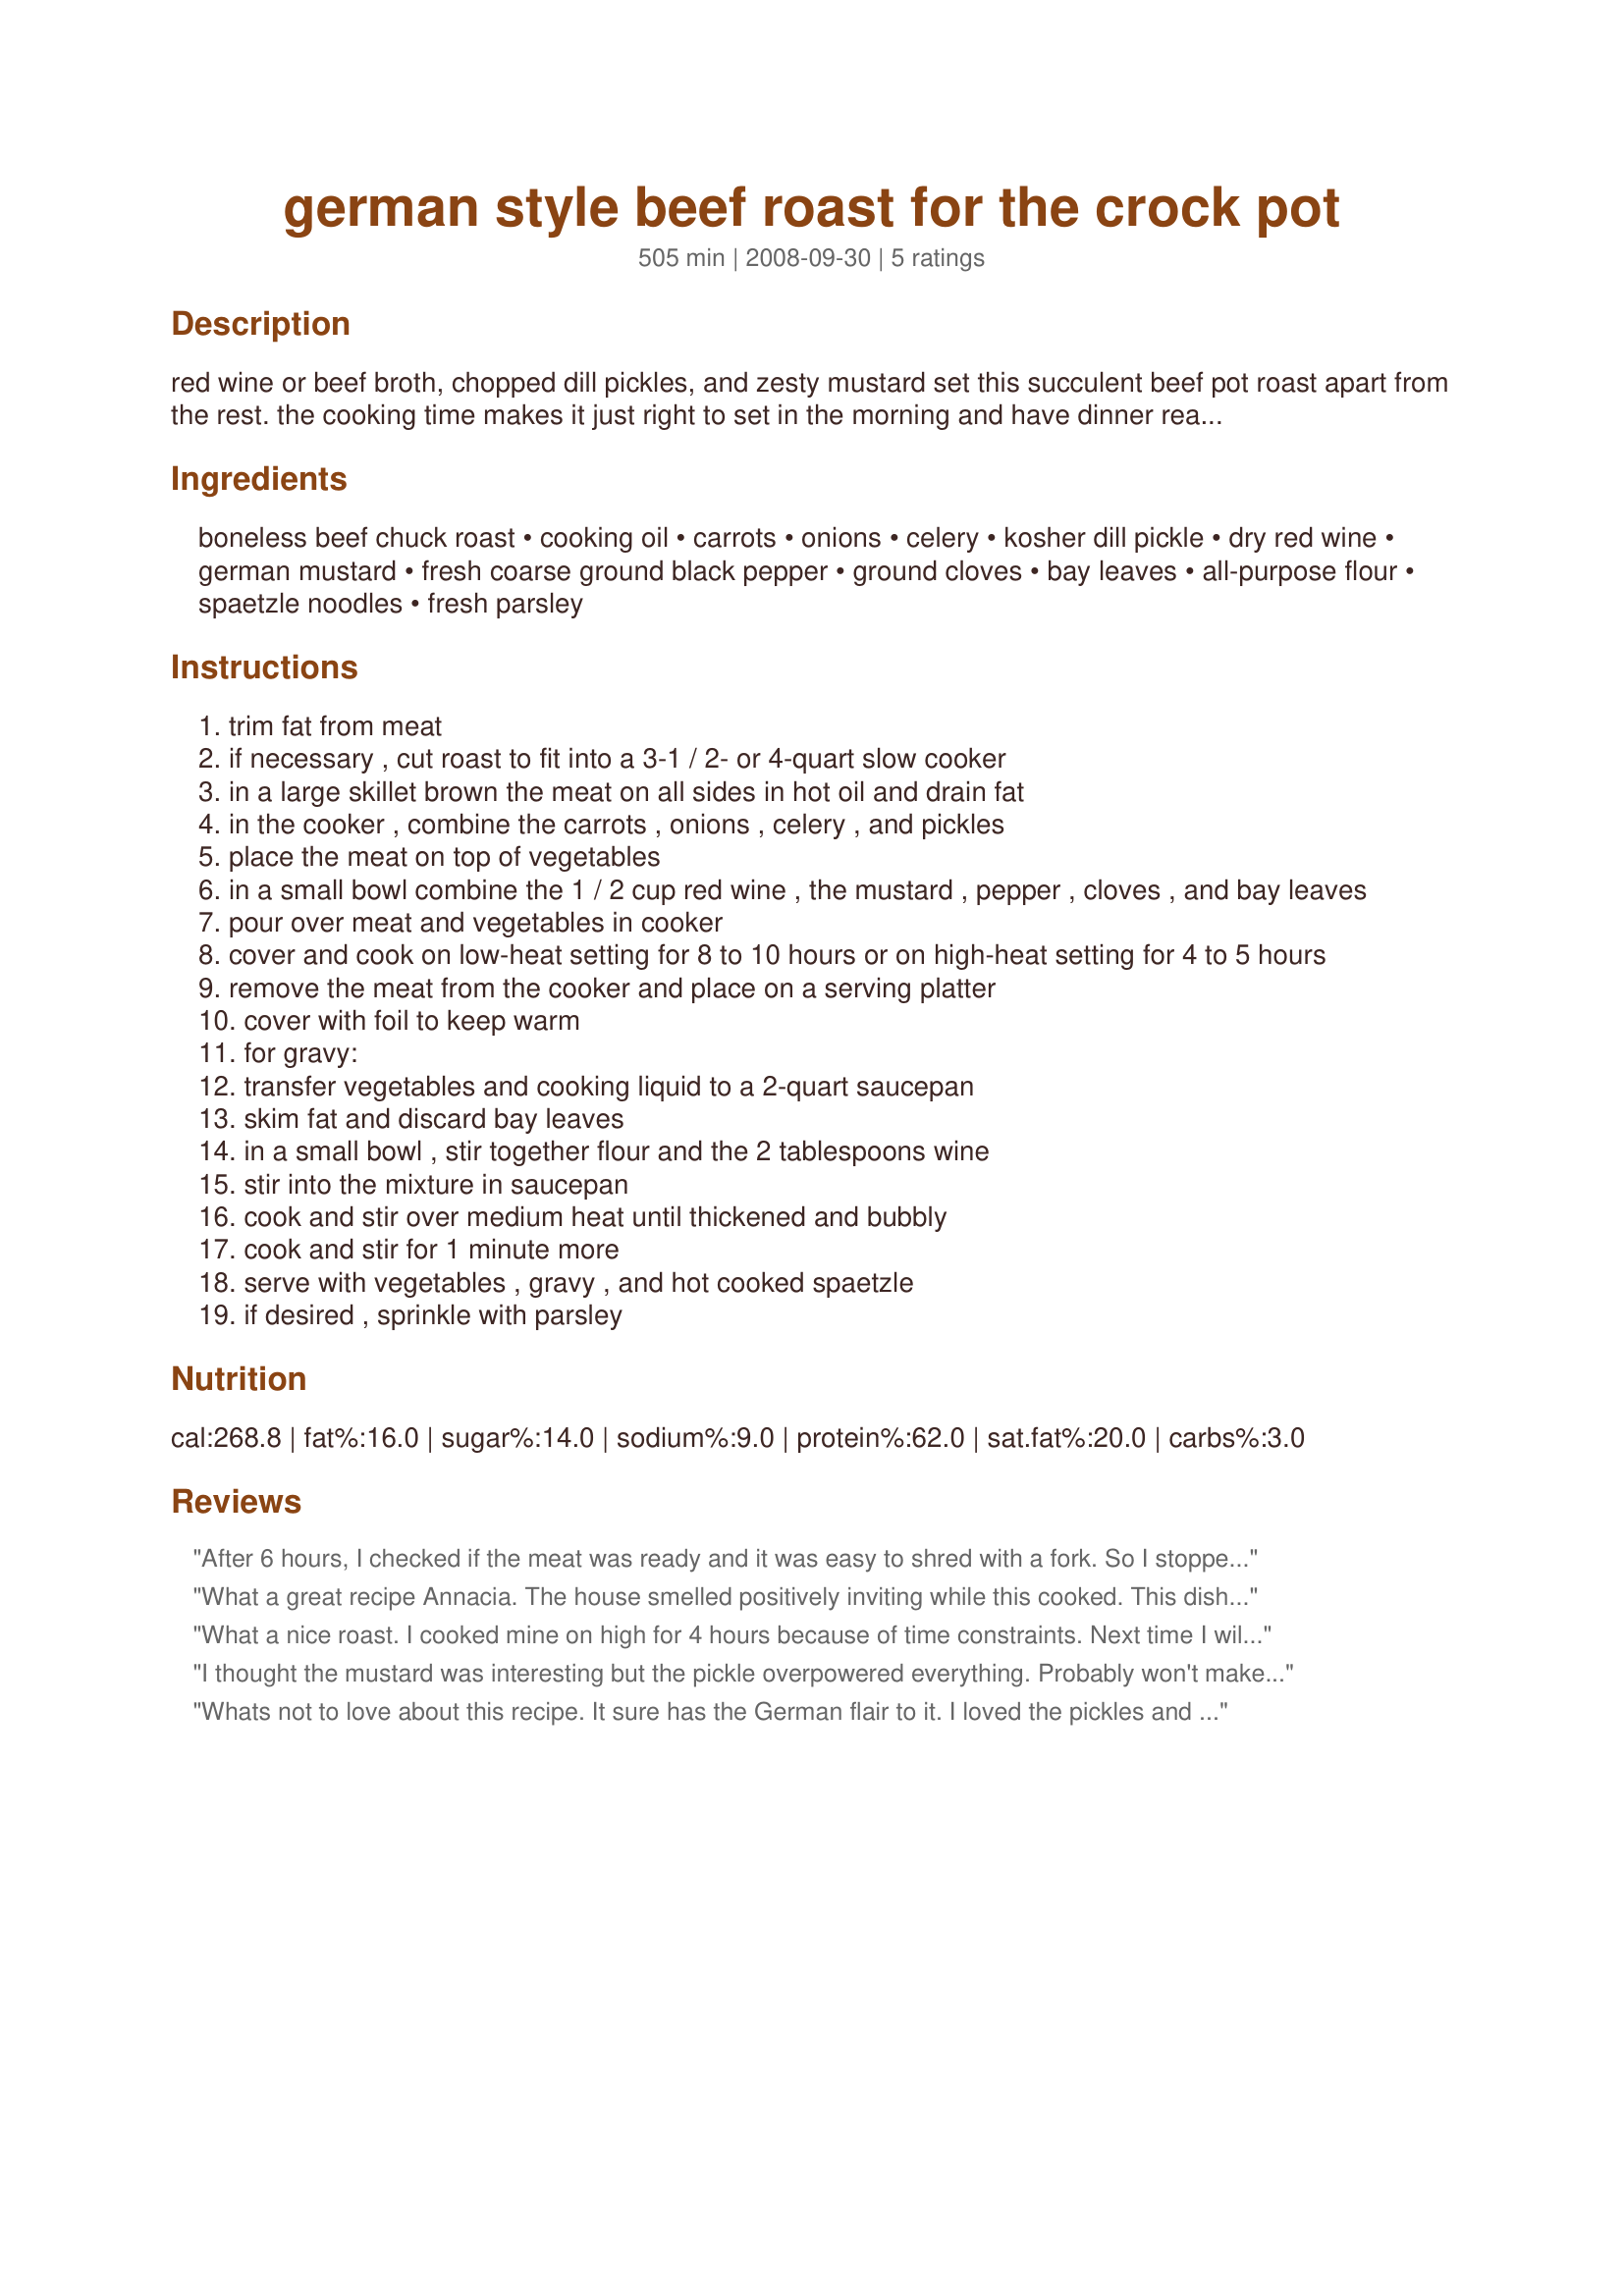
german style beef roast for the crock pot
Preparation time: 505 minutes

red wine or beef broth, chopped dill pickles, and zesty mustard set this succulent beef pot roast apart from the rest. the cooking time makes it just right to set in the morning and have dinner ready when you get home.

Ingredients:
boneless beef chuck roast, cooking oil, carrots, onions, celery, kosher dill pickle, dry red wine, german mustard, fresh coarse ground black pepper, ground cloves, bay leaves, all-purpose flour, spaetzle noodles, fresh parsley

Steps:
trim fat from meat
if necessary , cut roast to fit into a 3-1 / 2- or 4-quart slow cooker
in a large skillet brown the meat on all sides in hot oil and drain fat
in the cooker , combine the carrots , onions , celery , and pickles
place the meat on top of vegetables
in a small bowl combine the 1 / 2 cup red wine , the mustard , pepper , cloves , and bay leaves
pour over meat and vegetables in cooker
cover and cook on low-heat setting for 8 to 10 hours or on high-heat setting for 4 to 5 hours
remove the meat from the cooker and place on a serving platter
cover with foil to keep warm
for gravy:
transfer vegetables and cooking liquid to a 2-quart saucepan
skim fat and discard bay leaves
in a small bowl , stir together flour and the 2 tablespoons wine
stir into the mixture in saucepan
cook and stir over medium heat until thickened and bubbly
cook and stir for 1 minute more
serve with vegetables , gravy , and hot cooked spaetzle
if desired , sprinkle with parsley

Reviews:
After 6 hours, I checked if the meat was ready and it was easy to shred with a fork. So I stopped the cooking. I didn't have pickles so I omitted it. The veggies are so yummy with all the gravy. The gravy is so tasty with the red wine. I used a Merlot. I didn't have German mustard so I used Dijon mustard. I served it over cooked macaroni. Thanks Annacia :) Made for Market tag game
What a great recipe Annacia. The house smelled positively inviting while this cooked. This dish did not disappoint, it tasted as great as it smelled. I used two dill pickles, all I had on hand, and the beef broth option. The roast was wonderful, tender and juicy, the veggies were flavorful and the gravy was incredible. We loved this tangy treat and would make again. Served with Tripolina Lunga pasta, it worked beautifully. Thank you for sharing another winner my friend. :)
What a nice roast. I cooked mine on high for 4 hours because of time constraints. Next time I will cook it a little longer to tenderize it a little bit more. I used Inglehoffer German stone ground mustard and loved the sauce. Thanks Annacia for another keeper. Made for Please Review My Recipe Tag.
I thought the mustard was interesting but the pickle overpowered everything. Probably won't make again.
Whats not to love about this recipe. It sure has the German flair to it. I loved the pickles and mustard. It reminded me of beef roulden without the bacon. I used baby carrots cut in half and a stone ground mustard. I used the red wine and served it over spaetzle noodles. Yummy! The meat was so tender. Thanks for posting. Made for Spring PAC 2011.
